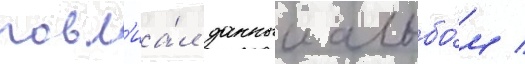
повл'иа́л данныи альбо́м /